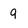
Character: g